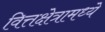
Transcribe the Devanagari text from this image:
वित्तक्षेत्रामध्ये